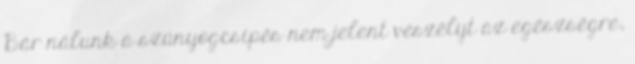
Bár nálunk a szúnyogcsípés nem jelent veszélyt az egészségre,